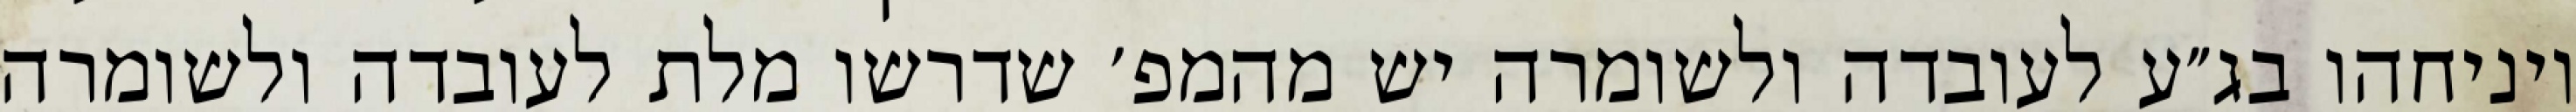
ויניחהו בג״ע לעובדה ולשומרה יש מהמפ׳ שדרשו מלת לעובדה ולשומרה